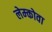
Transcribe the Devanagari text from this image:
लेम्कोवा